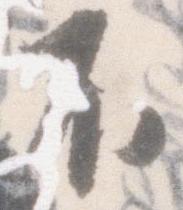
不